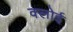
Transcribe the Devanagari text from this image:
क्लोई